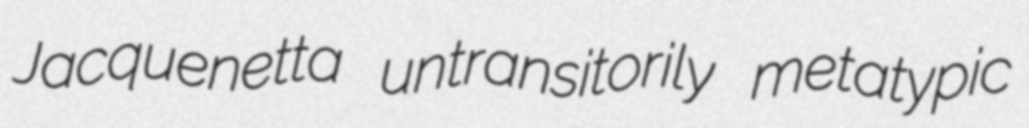
Jacquenetta untransitorily metatypic